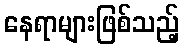
နေရာများဖြစ်သည့်